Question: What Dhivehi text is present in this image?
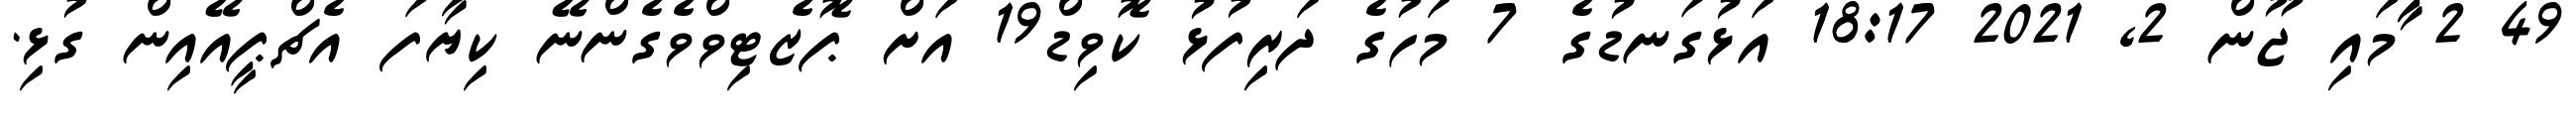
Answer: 49 2 ާަަމައި ޖޫން 2, 2021 18:17 އަޅުގަނޑުގެ 7 މަހުގެ ދަރިފުޅު ކޮވިޑް19 އަށް ޕޮޒެޓިވްވެގެންނޭ ކިޔާފަ އެޗްޕީއޭއިން ގުޅި.